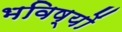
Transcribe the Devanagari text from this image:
भविष्यों